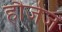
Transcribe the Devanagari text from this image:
हौजेज